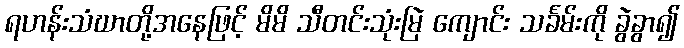
ရဟန်းသံဃာတို့အနေဖြင့် မိမိ သီတင်းသုံးမြဲ ကျောင်း သင်္ခမ်းကို ခွဲခွာ၍